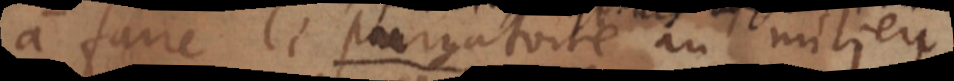
à faire le purgatoire au milieu.